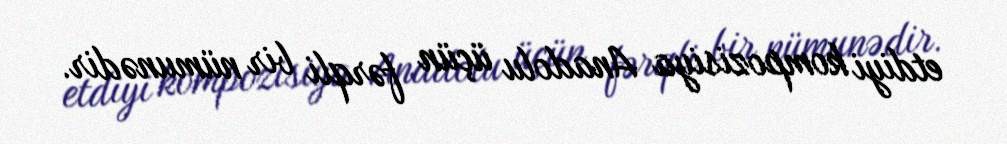
etdiyi kompozisiya Anadolu üçün fərqli bir nümunədir.